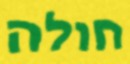
חולה